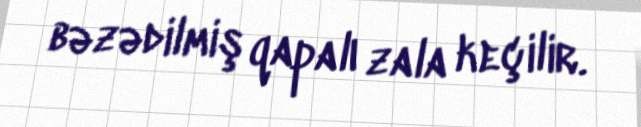
bəzədilmiş qapalı zala keçilir.